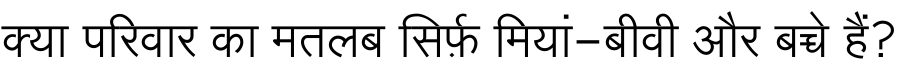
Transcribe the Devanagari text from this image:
क्या परिवार का मतलब सिर्फ़ मियां-बीवी और बच्चे हैं?